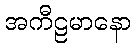
အကီဠမာနော